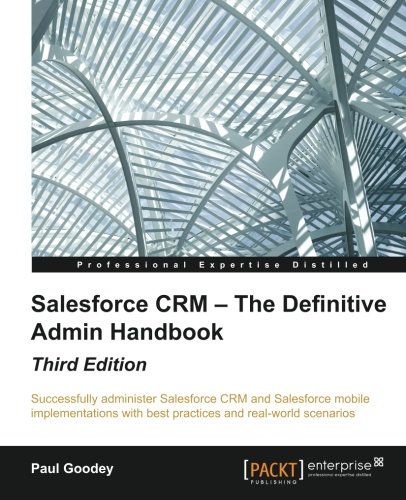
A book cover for Salesforce CRM - The Definitive Admin Handbook - Third Edition; Paul Goodey; Computers & Technology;